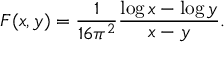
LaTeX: F ( x , y ) = \frac { 1 } { 1 6 \pi ^ { 2 } } \frac { \log x - \log y } { x - y } .